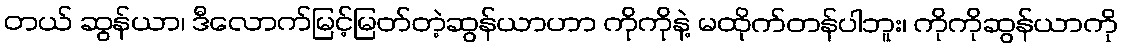
တယ် ဆွန်ယာ၊ ဒီလောက်မြင့်မြတ်တဲ့ဆွန်ယာဟာ ကိုကိုနဲ့ မထိုက်တန်ပါဘူး၊ ကိုကိုဆွန်ယာကို